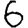
Digit: 6